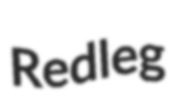
Redleg